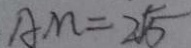
A M = 2 \sqrt { 5 }